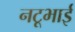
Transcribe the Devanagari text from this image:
नटूभाई